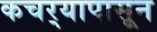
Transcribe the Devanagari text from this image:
कचर्‍यापासून